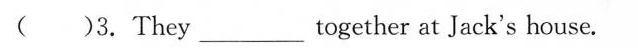
( )3.They___together at Jack's house.